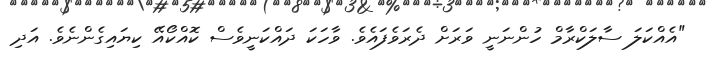
"އެއްކަލަ ސާލަކްރާމް ހުންނަނީ ވަރަށް ދެރަވެފައެވެ. ވާހަކަ ދައްކަނީވެސް ކޮއްކޯއޭ ކިޔައިގެންނެވެ. އަދި